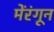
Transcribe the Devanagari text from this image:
मेंरंगून